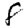
Digit: 8